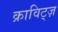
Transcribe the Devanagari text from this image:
क्राविट्ज़